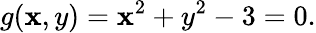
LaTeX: g(\mathbf{x},y)=\mathbf{x}^{2}+y^{2}-3=0.